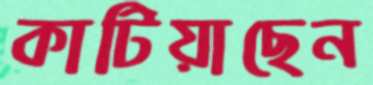
কাটিয়াছেন